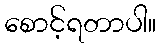
စောင့်ရတာပါ။